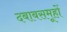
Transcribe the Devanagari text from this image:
दबाबसमूहों